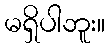
မရှိပါဘူး။